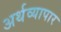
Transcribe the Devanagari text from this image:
अर्थव्यापार